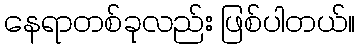
နေရာတစ်ခုလည်း ဖြစ်ပါတယ်။